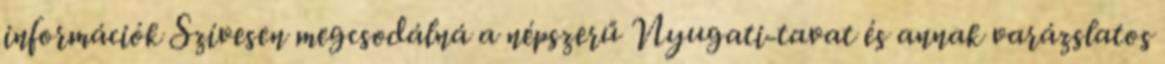
információk Szívesen megcsodálná a népszerű Nyugati-tavat és annak varázslatos